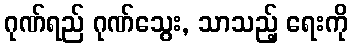
ဂုဏ်ရည် ဂုဏ်သွေး, သာသည့် ရေးကို